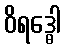
ဝိရဒ္ဓေါ